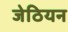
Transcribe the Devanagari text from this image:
जेठियन